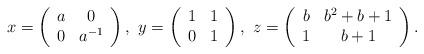
LaTeX: \begin{align*}x=\left(\begin{array}{cc}a&0\\0&a^{-1}\\\end{array}\right),\,\,y=\left(\begin{array}{cc}1&1\\0&1\\\end{array}\right),\,\,z=\left(\begin{array}{cc}b&b^2+b+1\\1&b+1\\\end{array}\right).\end{align*}